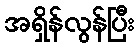
အရှိန်လွန်ပြီး